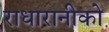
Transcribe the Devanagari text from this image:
राधारानीको